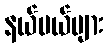
နယ်ပယ်များ